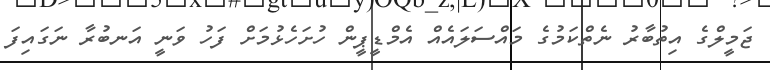
ޖަމީލްގެ އިތުބާރު ނެތްކަމުގެ މައްސަލައެއް އެމްޑީޕީން ހުށަހެޅުމަށް ފަހު ވަނީ އަނބުރާ ނަގައިފަ